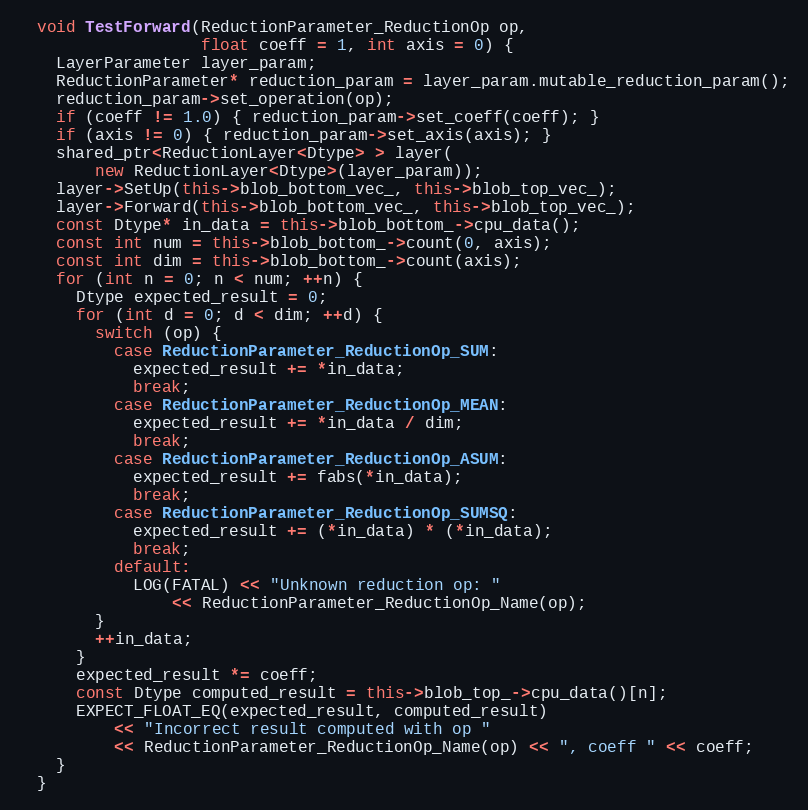
Language: C++
  void TestForward(ReductionParameter_ReductionOp op,
                   float coeff = 1, int axis = 0) {
    LayerParameter layer_param;
    ReductionParameter* reduction_param = layer_param.mutable_reduction_param();
    reduction_param->set_operation(op);
    if (coeff != 1.0) { reduction_param->set_coeff(coeff); }
    if (axis != 0) { reduction_param->set_axis(axis); }
    shared_ptr<ReductionLayer<Dtype> > layer(
        new ReductionLayer<Dtype>(layer_param));
    layer->SetUp(this->blob_bottom_vec_, this->blob_top_vec_);
    layer->Forward(this->blob_bottom_vec_, this->blob_top_vec_);
    const Dtype* in_data = this->blob_bottom_->cpu_data();
    const int num = this->blob_bottom_->count(0, axis);
    const int dim = this->blob_bottom_->count(axis);
    for (int n = 0; n < num; ++n) {
      Dtype expected_result = 0;
      for (int d = 0; d < dim; ++d) {
        switch (op) {
          case ReductionParameter_ReductionOp_SUM:
            expected_result += *in_data;
            break;
          case ReductionParameter_ReductionOp_MEAN:
            expected_result += *in_data / dim;
            break;
          case ReductionParameter_ReductionOp_ASUM:
            expected_result += fabs(*in_data);
            break;
          case ReductionParameter_ReductionOp_SUMSQ:
            expected_result += (*in_data) * (*in_data);
            break;
          default:
            LOG(FATAL) << "Unknown reduction op: "
                << ReductionParameter_ReductionOp_Name(op);
        }
        ++in_data;
      }
      expected_result *= coeff;
      const Dtype computed_result = this->blob_top_->cpu_data()[n];
      EXPECT_FLOAT_EQ(expected_result, computed_result)
          << "Incorrect result computed with op "
          << ReductionParameter_ReductionOp_Name(op) << ", coeff " << coeff;
    }
  }